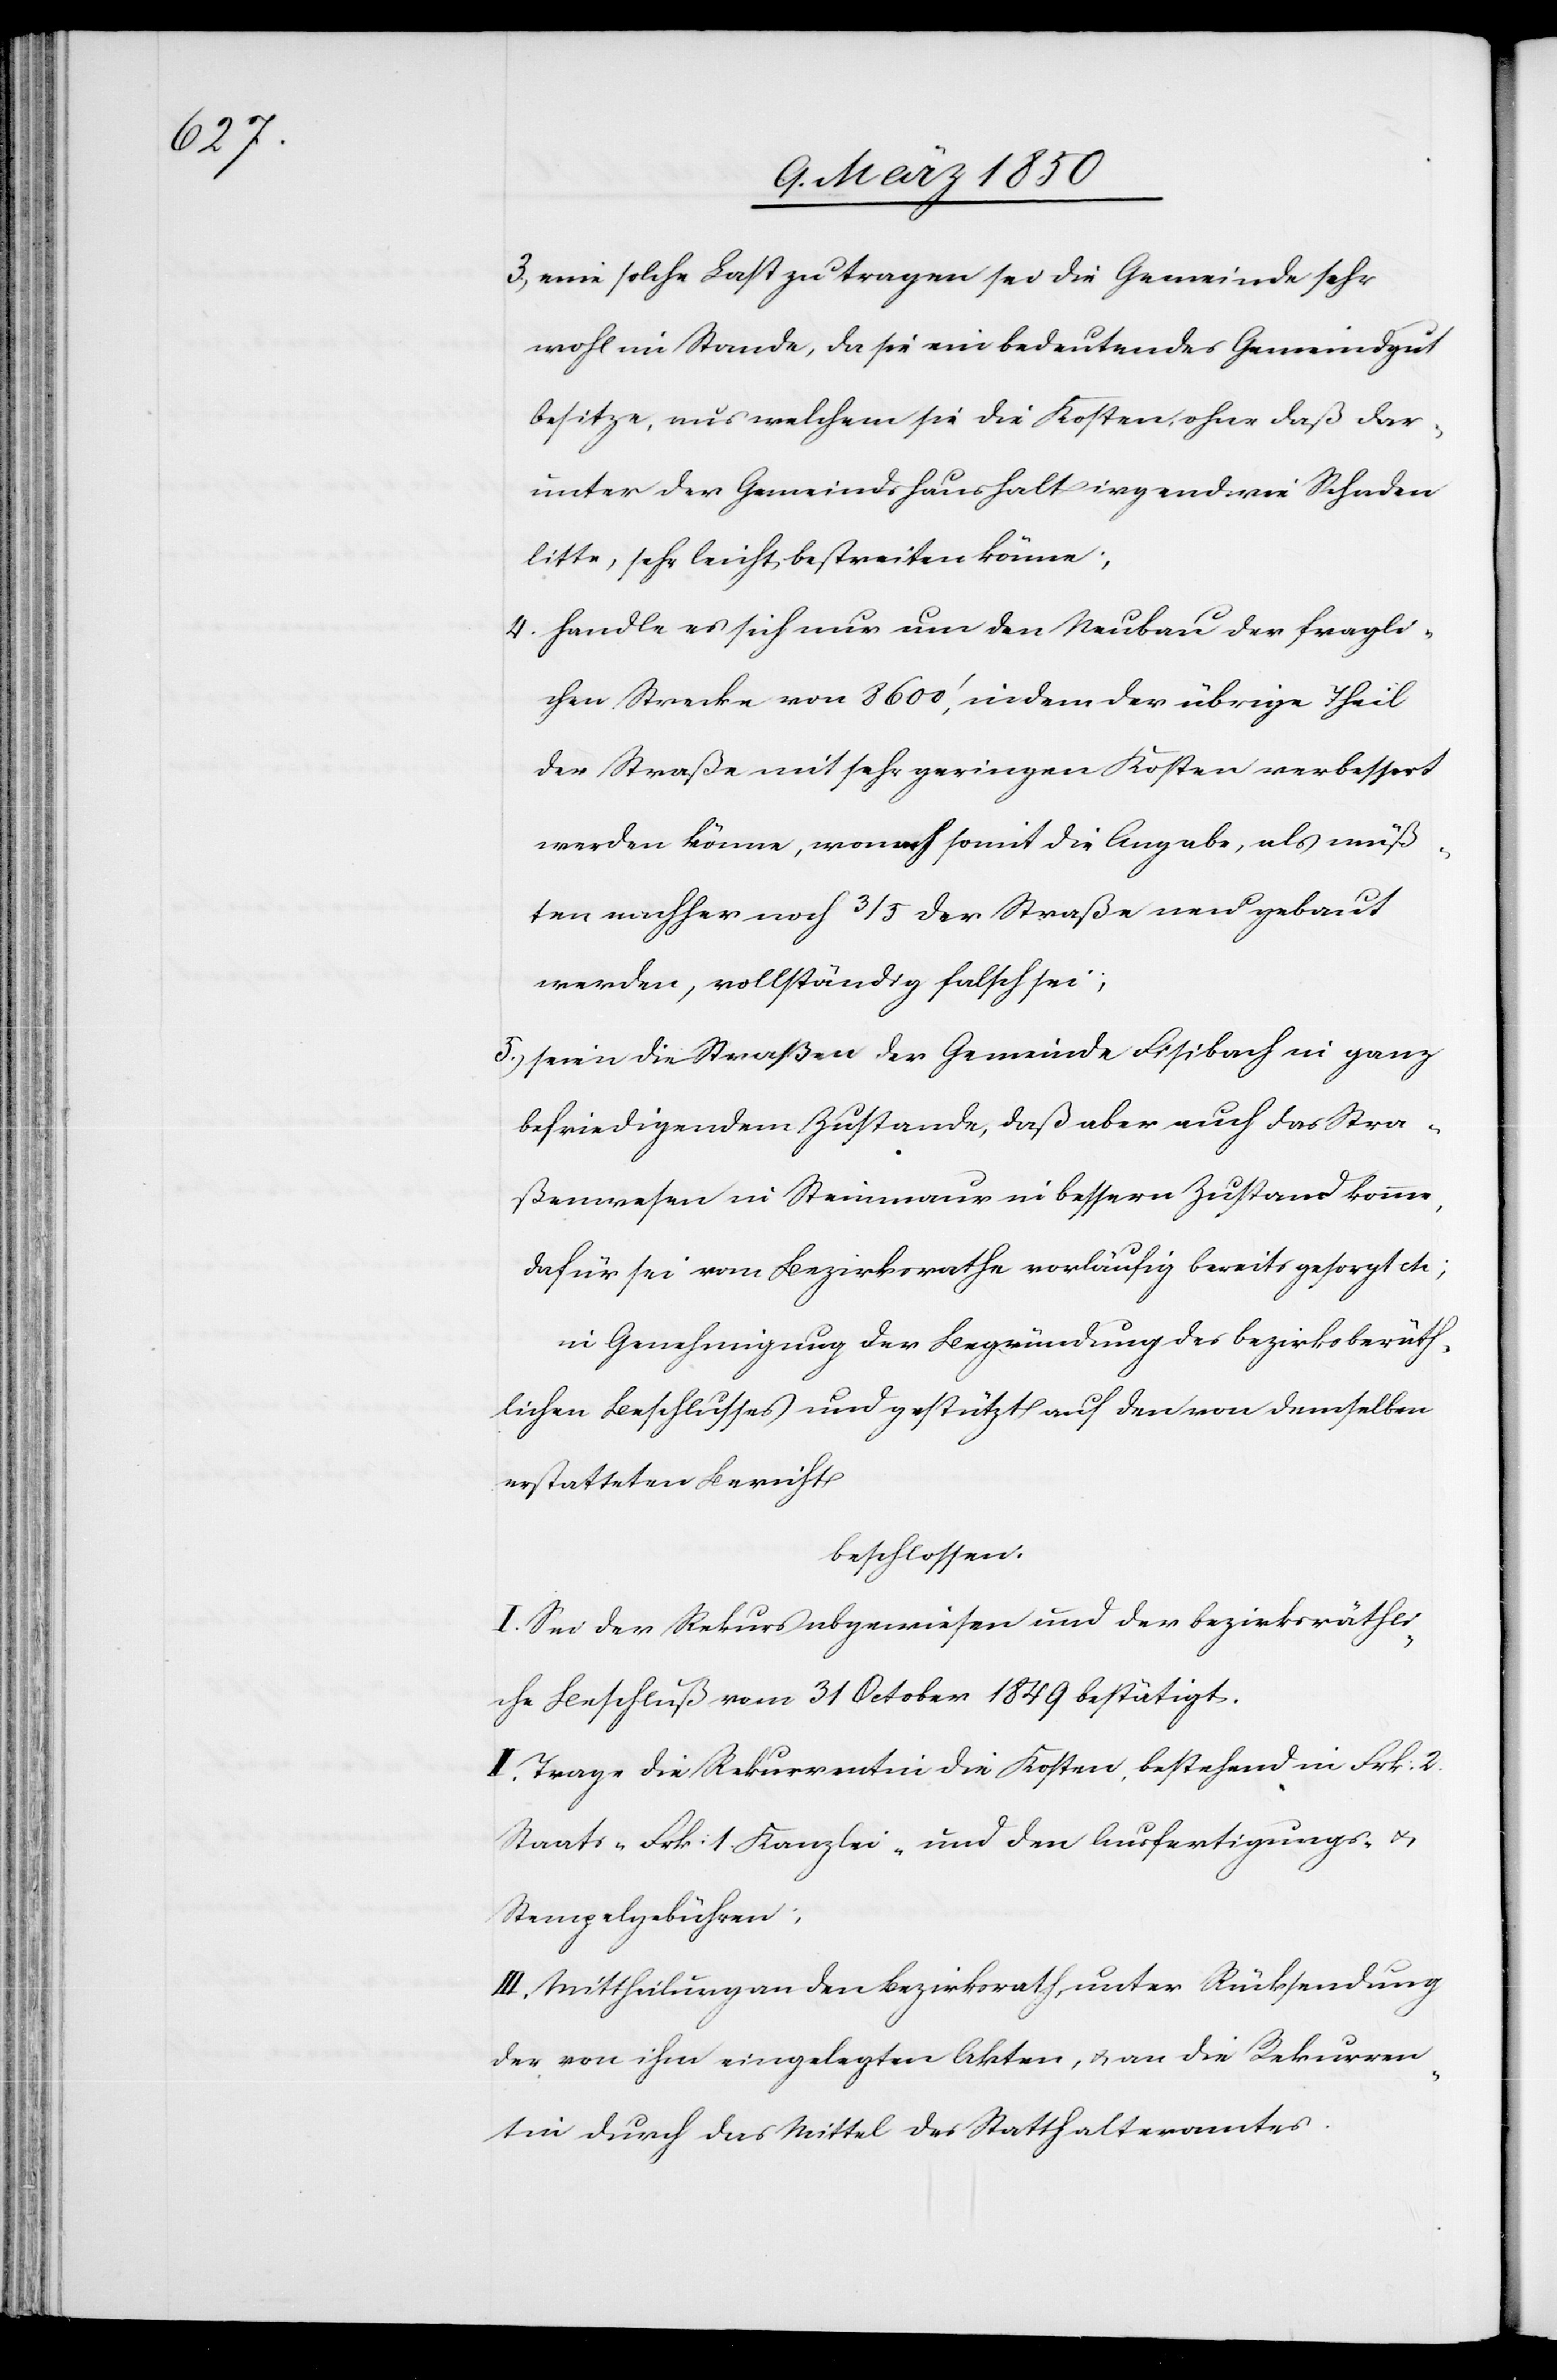
lichen

3, eine solche Last zu tragen sei die Gemeinde sehr
wohl im Stande, da sie ein bedeutendes Gemeindgut
besitze, aus welchem sie die Kosten, ohne daß dar¬
unter der Gemeindshaushalt irgendwie Schaden
litte, sehr leicht bestreiten könne;
4. handle es sich nur um den Neubau der fragli¬
chen Strecke von 8600‘, indem der übrige Theil
der Straße mit sehr geringen Kosten verbessert
werden könne, wonach somit die Angabe, als müß¬
ten nachher noch 3/5 der Straße neu gebaut
werden, vollständig falsch sei;
5.) seien die Straßen der Gemeinde Fisibach in ganz
befriedigendem Zustande, daß aber auch das Stra¬
ßenwesen in Steinmaur in bessern Zustand komme,
dafür sei vom Bezirksrathe vorläufig bereits gesorgt etc;
in Genehmigung der Begründung des bezirksberäth¬
[sic!] Beschlusses und gestützt auf den von demselben
erstatteten Bericht
beschlossen:
I. Sei der Rekurs abgewiesen und der bezirksräthli¬
che Beschluß vom 31 October 1849 bestätigt.
II. Trage die Rekurrentin die Kosten, bestehend in Frk: 2
Staats- Frk: 1 Kanzlei- und den Ausfertigungs- u.
Stempelgebühren;
III. Mittheilung an den Bezirksrath, unter Rücksendung
der von ihm eingelegten Akten, u. an die Rekurren¬
tin durch das Mittel des Statthalteramtes.